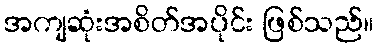
အကျဆုံးအစိတ်အပိုင်း ဖြစ်သည်။